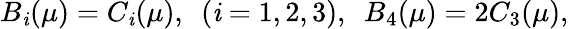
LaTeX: B_{\mathit{i}}(\mu)=C_{\mathit{i}}(\mu),\ \ (\mathit{i}=1,2,3),\ \ B_{4}(\mu)=2C_{3}(\mu),